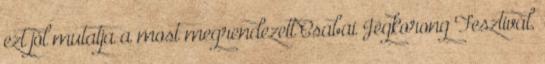
ezt jól mutatja a most megrendezett Csabai Jégkorong Fesztivál,